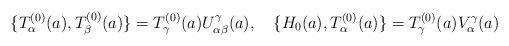
\begin{align*}\{ T^{(0)}_{\alpha}(a),T^{(0)}_{\beta}(a) \} =T^{(0)}_{\gamma}(a)U^{\gamma} _{\alpha\beta}(a), \quad\{ H_0(a),T^{(0)}_{\alpha}(a) \} =T^{(0)}_{\gamma}(a)V^{\gamma} _{\alpha}(a)\end{align*}